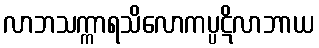
လာဘသက္ကာရသိလောကပ္ပဋိလာဘာယ